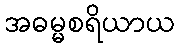
အဓမ္မစရိယာယ